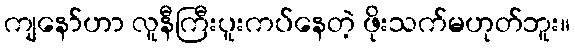
ကျနော်ဟာ လူနီကြီးပူးကပ်နေတဲ့ ဖိုးသက်မဟုတ်ဘူး။